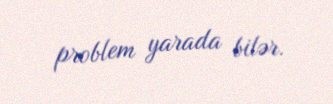
problem yarada bilər.